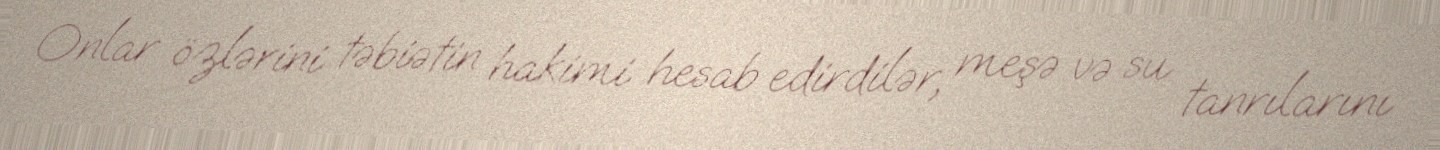
Onlar özlərini təbiətin hakimi hesab edirdilər, meşə və su tanrılarını